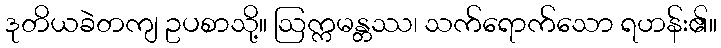
ဒုတိယခဲတကျ ဥပစာသို့။ ဩက္ကမန္တဿ၊ သက်ရောက်သော ရဟန်း၏။